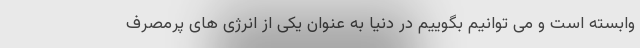
وابسته است و می توانیم بگوییم در دنیا به عنوان یکی از انرژی های پرمصرف